Veterinary [1904] -
Year: 1904
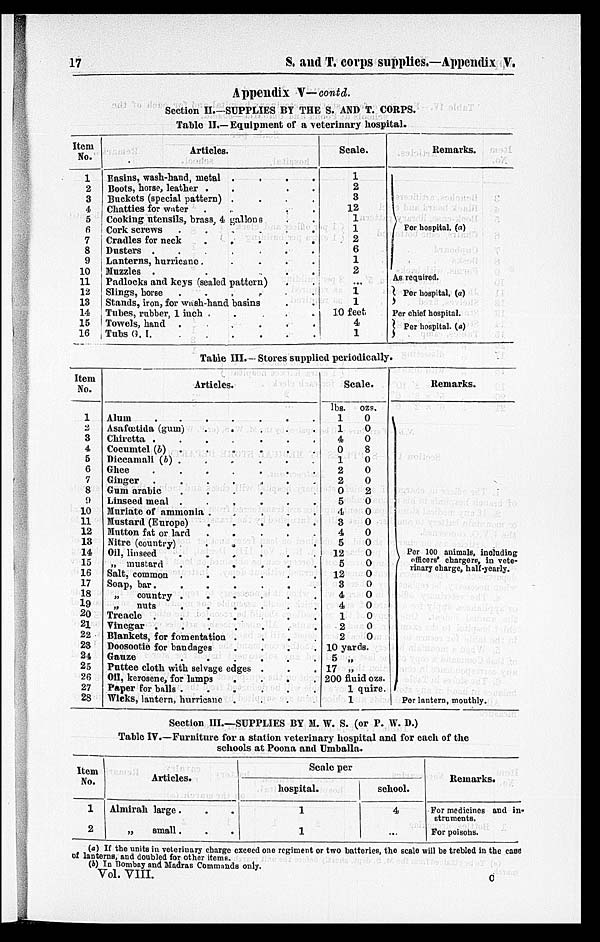
17
S. and T. corps supplies.—Appendix V.
Appendix V—contd.
Section II.—SUPPLIES BY THE S. AND T. CORPS.
Table II.—Equipment of a veterinary hospital.
Item
No.
1
2
3
4
5
6
7
8
9
10
11
12
13
11
15
16
Articles.
Basins, wash-hand, metal . . ..
Boots, horse, leather . . ..
Buckets (special pattern) . . ..
Chatties for water . . ..
Cooking utensils, brass, 4 gallons ..
Cork screws
. . . . ..
Cradles for neck
.
.
.
..
Dusters .
.
.
.
..
Lanterns, hurricane
.
.
..
Muzzles . ..
Padlocks and keys (sealed pattern) .
Slings, horse
.
.
.
.
..
Stands, iron, for wash-hand basins ..
Tubes, rubber, 1 inch .
.
.
..
Towels, hand .
.
.
..
Tubs
G.
I.
.
.
.
.
..
Scale.
1
2
3
12
1
1
2
6
1
2
...
1
1
10 feet
4
1
Remarks.
}Per hospital. (a)
As required.
}Per hospital. (a)
}Per chief hospital.
}Per hospital. (a)
Table III.—Stores supplied periodically.
Item
No.
1
2
3
4
5
6
7
8
9
10
11
12
13
14
15
16
17
18
19
20
21
22
28
24
25
26
27
28
Articles.
Alum
.
.
.
... .
Asafœtida (gum)
. . . ....
Chiretta
.........
Cocumtel (b) .
.
..
Diecamali (b) .
.
...
.
Ghee
...... .
Ginger
......
.
Gum arabic
.
.
..
.
Linseed meal .
...
.
Muriate of ammonia .
...
.
Mustard
(Europe)..
.
Mutton fat or lard
.
...
.
Nitre (country)
....
Oil, linseed
.
.
...
.
„
mustard
.
.
...
.
Salt, common
.....
Soap, bar
.
.....
„
country
.
.....
„
nuts
.
......
Treacle
.
.....
Vinegar .
.
.
.
Blankets, for fomentation
.....
Doosootie for bandages
.....
Gauze
.
.....
Puttee cloth with selvage
edges..
.
Oil, kerosene, for lumps
.....
Paper for balls
.
.
.
...
Wicks, lantern, hurricane .....
Scale
lbs.
1
1
4
0
1
2
2
0
5
4
3
4 5
12
5
12
3
4
4
1
2
2
ozs.
0
0
0
8
0
0
0
2
0
0
0
0
0
0
0
0
0
0
0
0
0
0
10 yards.
5 17 „
„
200 fluid ozs.
1quire.
1
Remarks.
}Per 100 animals, including
officers' chargers, in vete-
rinary charge, half-yearly.
Per lantern, monthly.
Section III
SUPPLIES BY M. W. S. (or P. W. D.)
Table IV.—Furniture for a station veterinary hospital and for each of the
schools at Poona and Umballa.
Item
No.
1
2
Articles.
Almirah large . . .
„
small . . .
Scale per
hospital.
1
1
school.
4
...
Remarks.
For medicines and in-
struments.
For poisons.
(a) If the units in veterinary charge exceed one regiment or two batteries, the scale will be trebled in the case
of lanterns, and doubled for other items.
(b) In Bombay and Madras Commands only.
Vol. VIII.
C